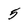
Character: 5